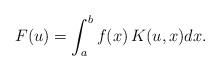
LaTeX: \begin{align*}F(u) = \int_{a}^{b} f(x) \, K(u,x) dx.\end{align*}